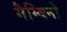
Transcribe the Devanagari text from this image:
गैम्बिनो